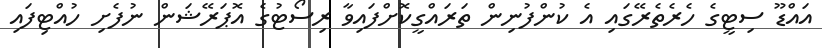
އައްޑޫ ސިޓީގެ ހެރެތެރޭގައި އެ ކުންފުނިން ތަރައްގީކޮށްފައިވާ ރިސޯޓުގެ އޮޕަރޭޝަން ނުފެށި ހުއްޓިފައި